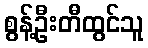
စွန့်ဦးတီထွင်သူ